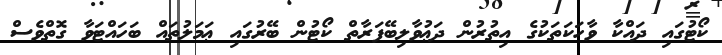
ކޯޓުގައި ދައްކާ ވާހަކަތަކުގެ އިތުރުން ދަޢުވާލިބޭފަރާތް ކޯޓުން ބޭރުގައި ޢަމަލުތައް ބަހައްޓަވާ ގޮތްވެސް